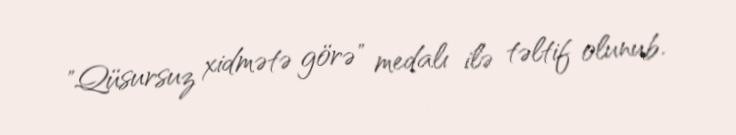
"Qüsursuz xidmətə görə" medalı ilə təltif olunub.